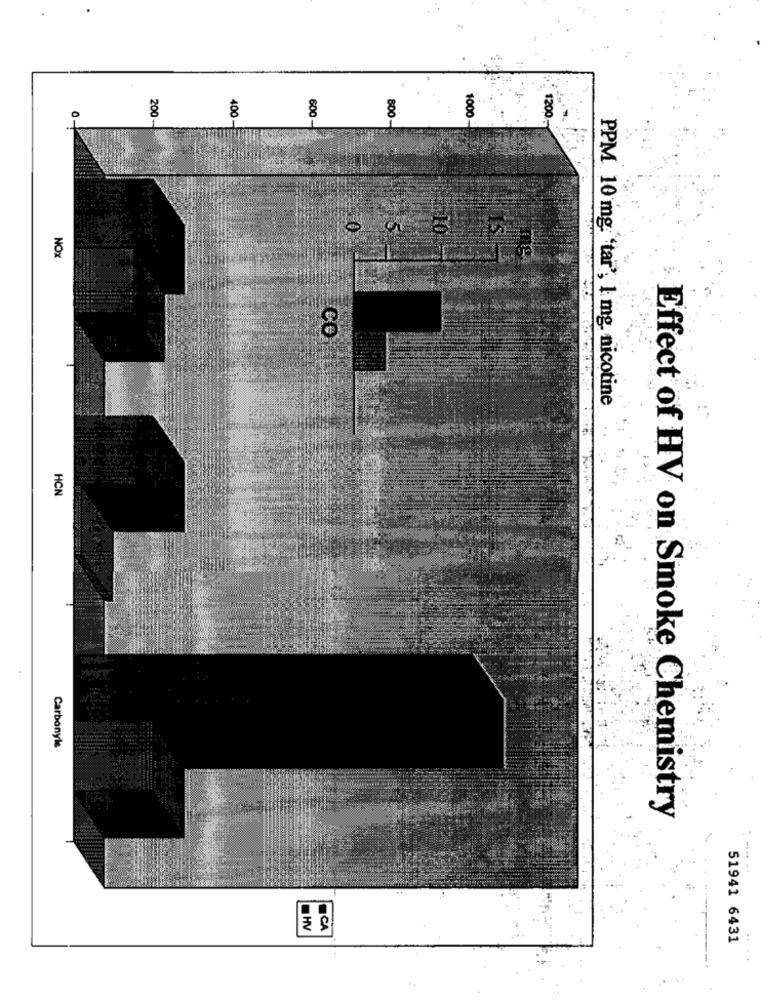
200-
400-
600 -
800-
1000
NOX
PPM 10 mg. 'tar', 1 mg. nicotine
HCN
Carbonyle
Effect of HV on Smoke Chemistry
HV
ICA
51941 6431